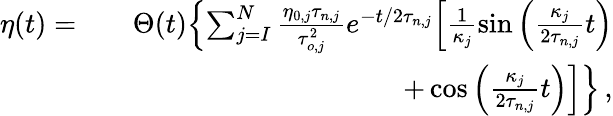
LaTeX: \begin{array}{rlr}{\eta(t)=}&{}&{\Theta(t)\Bigl\{ \sum_{j=I}^{N}\frac{\eta_{0,j}\tau_{n,j}}{\tau_{o,j}^{2}}e^{-t/2\tau_{n,j}}\Bigl[\frac{1}{\kappa_{j}}\sin{\Bigl(\frac{\kappa_{j}}{2\tau_{n,j}}t\Bigr)}}\\ &{}&{+\cos{\Bigl(\frac{\kappa_{j}}{2\tau_{n,j}}t\Bigr)}\Bigr]\Bigr\} \, ,}\end{array}